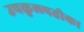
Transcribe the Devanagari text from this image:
उपकुलपतीका